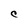
Character: C